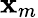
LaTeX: \mathbf{x}_{m}